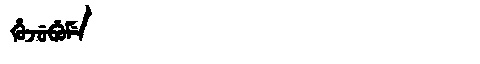
Manchu: ᡥᡠᠵᡠᠪᡠᠮᡝ
Romanization: HUJUBUME